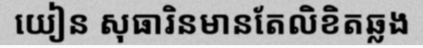
យៀន សុធារិនមានតែលិខិតឆ្លង